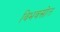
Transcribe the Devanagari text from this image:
विभवस्रोत